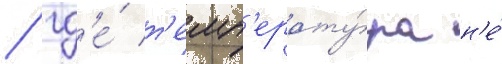
/ гд'е́ т'емп'ерату́ра н'е́